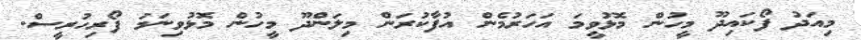
މިއަދު ފޯކައިދޫ މީހުން މޮޅުވީމަ އަހަރުމެން އުފާކުރަން މިލަންދޫ މީހުން މޮޅުވިނަމަ ފޯރިހުރީސް.